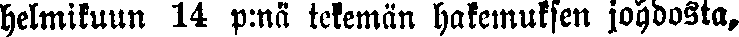
helmikuun 14 p:nä tekemän hakemuksen johdosta,